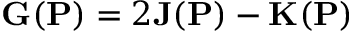
{ \bf G } ( { \bf P } ) = 2 { \bf J } ( { \bf P } ) - { \bf K } ( { \bf P } )